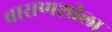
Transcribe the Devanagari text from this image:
वाराणशीला